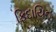
ફિદાયિન